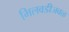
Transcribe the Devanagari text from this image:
भिलवडीजवळ